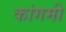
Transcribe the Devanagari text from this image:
कांगमी